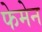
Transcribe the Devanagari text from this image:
फेमेन